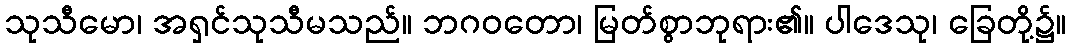
သုသီမော၊ အရှင်သုသီမသည်။ ဘဂဝတော၊ မြတ်စွာဘုရား၏။ ပါဒေသု၊ ခြေတို့၌။